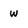
Character: W